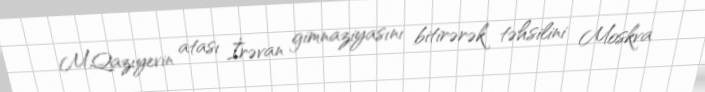
M.Qazıyevin atası İrəvan gimnaziyasını bitirərək təhsilini Moskva